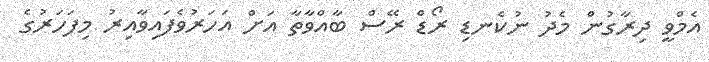
އެމްވީ ދިރާގުން މެދު ނުކެނޑި ރޯޑް ރޭސް ބާއްވާތާ އަށް އަހަރުވެފައިވާއިރު މިފަހަރުގެ